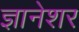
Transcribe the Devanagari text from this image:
ज्ञानेशर